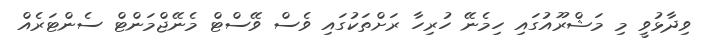
ވިދާޅުވީ މި މަޝްރޫއުގައި ހިމެނޭ ހުރިހާ ރަށްތަކުގައި ވެސް ވޭސްޓް މެނޭޖްމަންޓް ސެންޓަރެއް